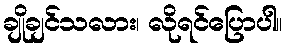
ချိုချင်သလား၊ လိုရင်ပြောပါ။